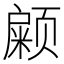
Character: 𱂹